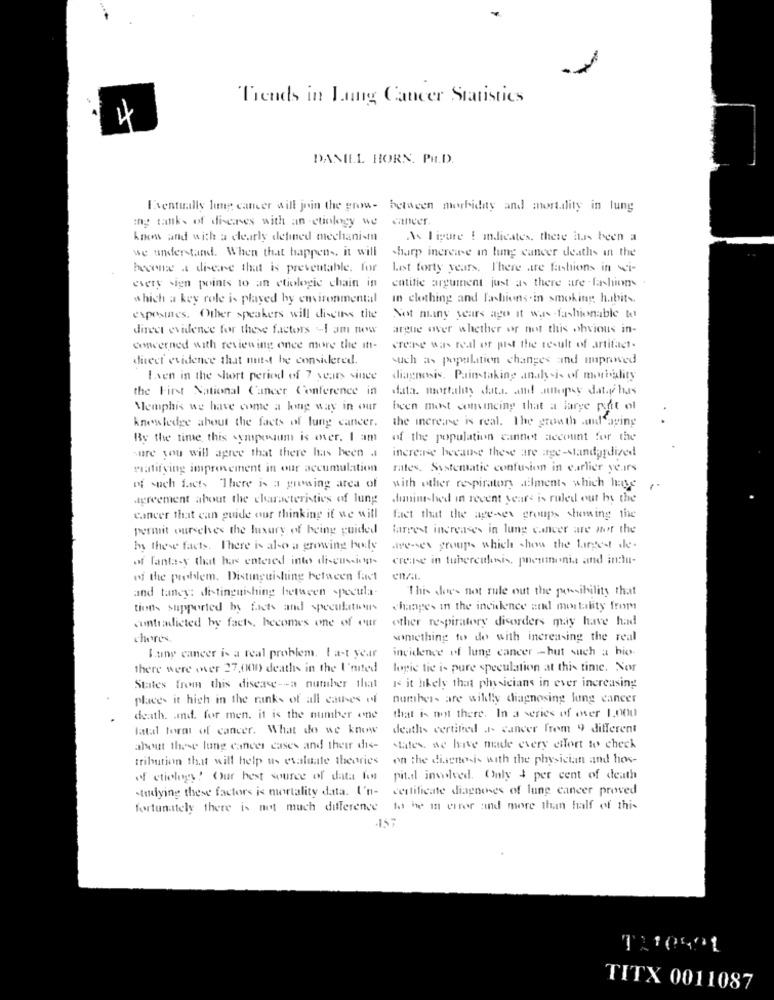
Trends in Lung Cancer Statistics
4
DANIEL HORN, PH.D.
Eventually lung cancer will join the grow- between morbidity and mortality in lung
ang tank. of diverses with an -etiology we
cancer.
Atww and with a clearly defined mechanism
As ligure E indicates. there has been a
we understand. When that happens. it will
sharp increase in lung cancer deaths in the
become a discre that is preventable. for
Lot forty years. There are fashions in wi-
every sign points to an ctiologie chain in
entific argument just as there are - fashion
which a key role is played by environmental
in clothing and Fashions.in smoking: habits.
exposites. Other speakers will discuss the
Not many years ago it was -fashionable to
direct evidence for these factors -I am now
argue over whether or not this ohvious in-
concerned with reviewing once more the int-
crearse was real or pist the result of artifact.
dieet evidence that nuitst be considered.
such as population changes and improved
Even in the short period of 7 years since
diagnosis. Painstaking analysis of morality
the First National Cancer Conference in
data. mortality data. and attopsy data has
Memphis we have come a king way in our
been most comuneing that a large part of
the increase is real. The growth and aging
knowledge about the facts of lung cancer.
By the time this symposium is over. I am
of the population cannet account for the
sure you will agree that there has been .
increase because these are age-standardized
gratifying improvement in our accumulation
rates. Systematic confusion in earlier ye.irs
of such facts There is a guessing area of
with other respiratory ailments which have
agreement about the characteristics of lung
Minimshed in recent years is ruled out by the
cancer that can guide our thinking if we will
fact that the age-ex groups showing the
permit ourselves the luxury of being guided
farrest increases in lung cancer are not the
by these facts, There is also a growing holy
are-es groups which show the largest de-
of fantasy that has entered into discussion-
crease in tuberculosis, pneumonia and inclu-
of the problem. Distinguishing between fact
and tancy: distinguishing between specula-
This does not rule out the possibility that
tions supported by facts and speculations
changes in the incidence and mortality from
contradicted by facts, hecomes one of our
other respiratory disorders may have had
cheres,
something to do with increasing the real
incidence of lung cancer -hut such a hio.
Lung cancer is a real problem. 1 a-t year
there were over 27,000 deaths in the United
logie tie is pure speculation at this time. Nor
States from this disease -- a number that
Is it likely that physicians in ever increasing
places it high in the ranks of all causes of
numbers are willy diagnosing lung cancer
death. Ind. for men. it is the number one
that is not there. In a series of over 1.000
latal form of cancer. What do we know
deaths certified a- cancer frem 9 different
about these lung cancer cases and their dis-
states. we have made every effort to check
tribution that will help us evaluate theories
on the diagnosis with the physician and hos-
of etiology! Our best source of data fon
pit.dl involved. Only $ per cent of death
studying these factors is mortality data. I'n-
certificate diagnoses of lung cancer proved
fortunately there is not much difference
to he in error and more than half of this
T110491
TITX 0011087